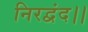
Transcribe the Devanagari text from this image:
निरद्वंद।।